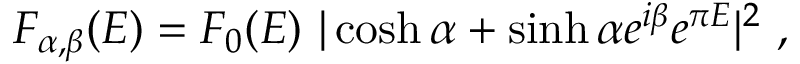
F _ { \alpha , \beta } ( E ) = F _ { 0 } ( E ) ~ | \cosh \alpha + \sinh \alpha e ^ { i \beta } e ^ { \pi E } | ^ { 2 } ~ ,